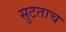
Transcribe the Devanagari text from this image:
सुटताच